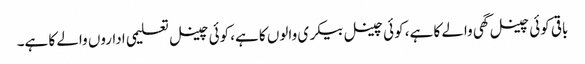
باقی کوئی چینل گھی والے کا ہے، کوئی چینل بیکری والوں کا ہے، کوئی چینل تعلیمی اداروں والے کا ہے۔